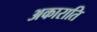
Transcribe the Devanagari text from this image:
अकाराति